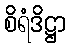
စိရံဒိဋ္ဌာ